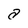
Character: a